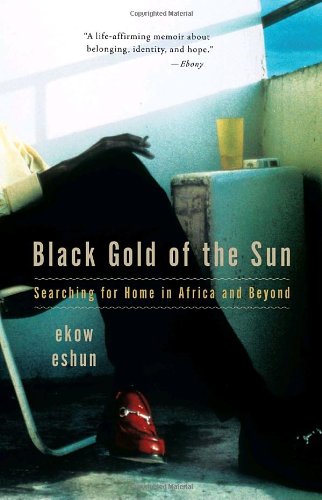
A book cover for Black Gold of the Sun: Searching for Home in Africa and Beyond; Ekow Eshun; Travel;